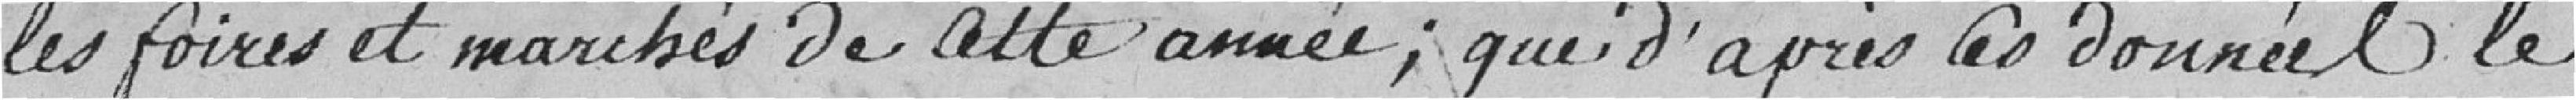
les foires et marchés de cette année; que d'après les données le